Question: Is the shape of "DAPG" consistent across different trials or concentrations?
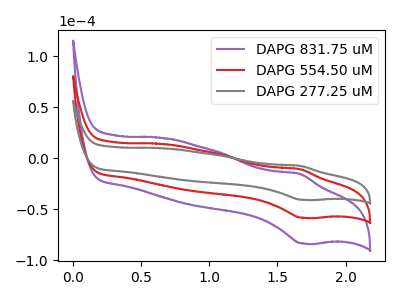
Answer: <think>The purple curve "DAPG 831.75 uM" has an anodic peak at (1.65V, -21.55uA) and a cathodic peak at (1.70V, -116.95uA). The red curve "DAPG 554.50 uM" has an anodic peak at (1.65V, -10.80uA) and a cathodic peak at (1.70V, -58.50uA). The gray curve "DAPG 277.25 uM" has an anodic peak at (1.65V, -7.55uA) and a cathodic peak at (1.70V, -40.85uA).
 All the peaks in "DAPG 831.75 uM" have a peak in "DAPG 554.50 uM" at the same potential. All the peaks in "DAPG 831.75 uM" have a peak in "DAPG 277.25 uM" at the same potential. All the peaks in "DAPG 554.50 uM" have a peak in "DAPG 277.25 uM" at the same potential.</think>
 <answer>All the CV's of "DAPG" have similar shape.</answer>
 <eval>follow_rule</eval>